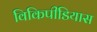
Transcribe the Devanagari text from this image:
विकिपीडियास